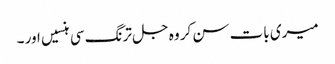
میری بات سن کر وہ جل ترنگ سی ہنسیں اور ۔